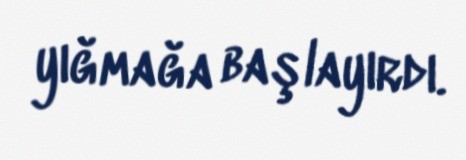
yığmağa başlayırdı.